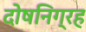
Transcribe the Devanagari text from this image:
दोषनिग्रह